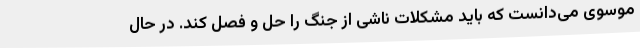
موسوی می‌دانست که باید مشکلات ناشی از جنگ را حل‌ و فصل کند. در حال